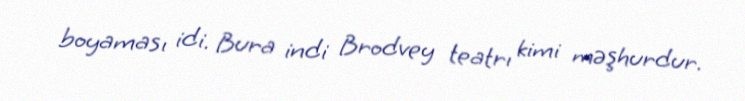
boyaması idi. Bura indi Brodvey teatrı kimi məşhurdur.